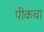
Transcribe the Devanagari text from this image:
पीकचा